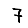
Digit: 7